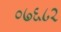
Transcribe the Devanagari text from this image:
०७६८२